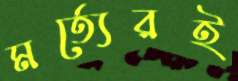
মর্ত্যেরই